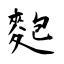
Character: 麭